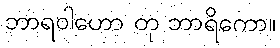
ဘာရဝါဟော တု ဘာရိကော။